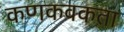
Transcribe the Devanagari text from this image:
कणकवकता